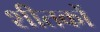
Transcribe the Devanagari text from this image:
शीतकों